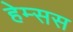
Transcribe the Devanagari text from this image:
हेम्सस